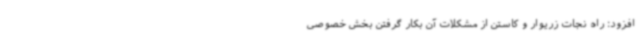
افزود: راه نجات زریوار و کاستن از مشکلات آن بکار گرفتن بخش خصوصی